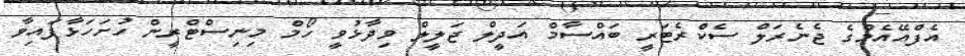
އެފްއޭއެމްގެ ޖެނެރަލް ސެކްރެޓަރީ ބައްސާމް އަދީލް ޖަލީލް ވިދާޅުވީ ހޯމް މިނިސްޓްރީން ހުށަހަޅާފައިވާ